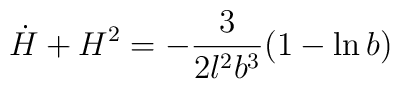
\dot{H}+H^2 =-\frac{3}{2l^2b^3} (1-\ln b)